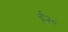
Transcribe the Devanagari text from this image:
ई२०